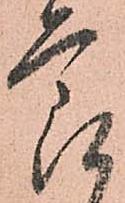
節